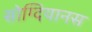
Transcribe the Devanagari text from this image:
सोग्दियानस